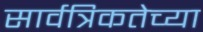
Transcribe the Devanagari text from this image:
सार्वत्रिकतेच्या